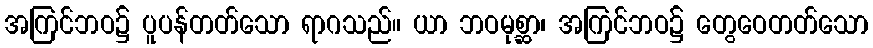
အကြင်ဘဝ၌ ပူပန်တတ်သော ရာဂသည်။ ယာ ဘဝမုစ္ဆာ၊ အကြင်ဘဝ၌ တွေဝေတတ်သော